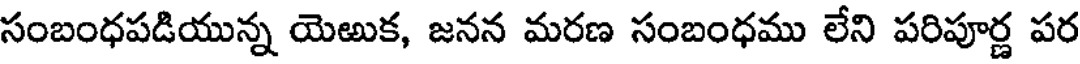
సంబంధపడియున్న యెఱుక, జనన మరణ సంబంధము లేని పరిపూర్ణ పర